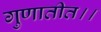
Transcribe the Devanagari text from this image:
गुणातीत।।